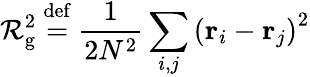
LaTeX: \mathcal{R}_{\mathrm{{g}}}^{2}\ {\stackrel{\mathrm{{def}}}{=}}\ {\frac{{1}}{{2N^{2}}}}\sum_{i,j}\left(\mathbf{{r}}_{i}-\mathbf{{r}}_{j}\right)^{2}